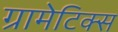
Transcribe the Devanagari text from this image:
ग्रामेटिक्स